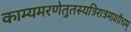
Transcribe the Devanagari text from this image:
काम्यमरणेतुतस्यत्रिरात्रमाशौचम्